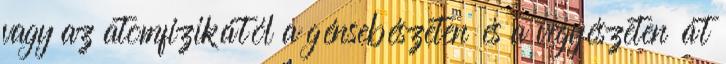
vagy az atomfizikától a génsebészeten és a vegyészeten át